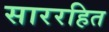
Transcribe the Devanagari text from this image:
साररहित